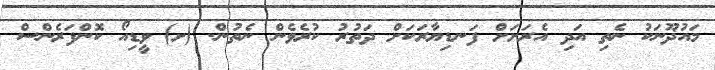
މައުޛޫނަކު ނެތި އަދި އެރަށަށް ފަނޑިޔާރަކަށް ދަތުރު ކުރެވެން ނެތުން. (ށ)	ވީޑިއޯ ކޮންފަރެންސް